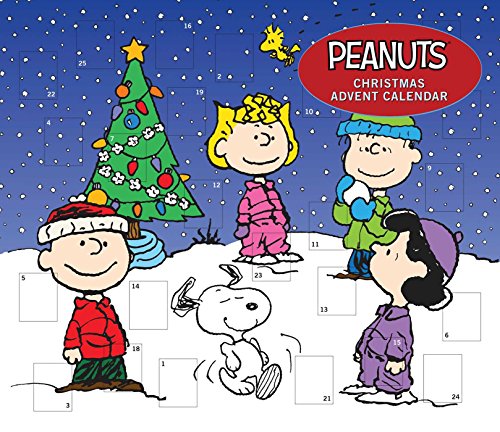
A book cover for Peanuts Christmas Advent Calendar; Calendars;